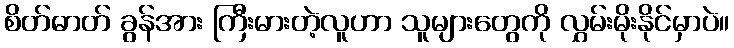
စိတ်ဓာတ် ခွန်အား ကြီးမားတဲ့လူဟာ သူများတွေကို လွှမ်းမိုးနိုင်မှာပဲ။